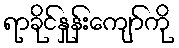
ရာခိုင်နှုန်းကျော်ကို